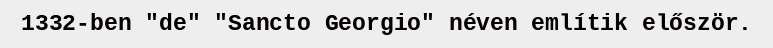
1332-ben "de" "Sancto Georgio" néven említik először.